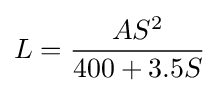
L={\frac {AS^{2}}{400+3.5S}}